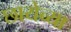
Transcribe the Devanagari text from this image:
छायेच्या